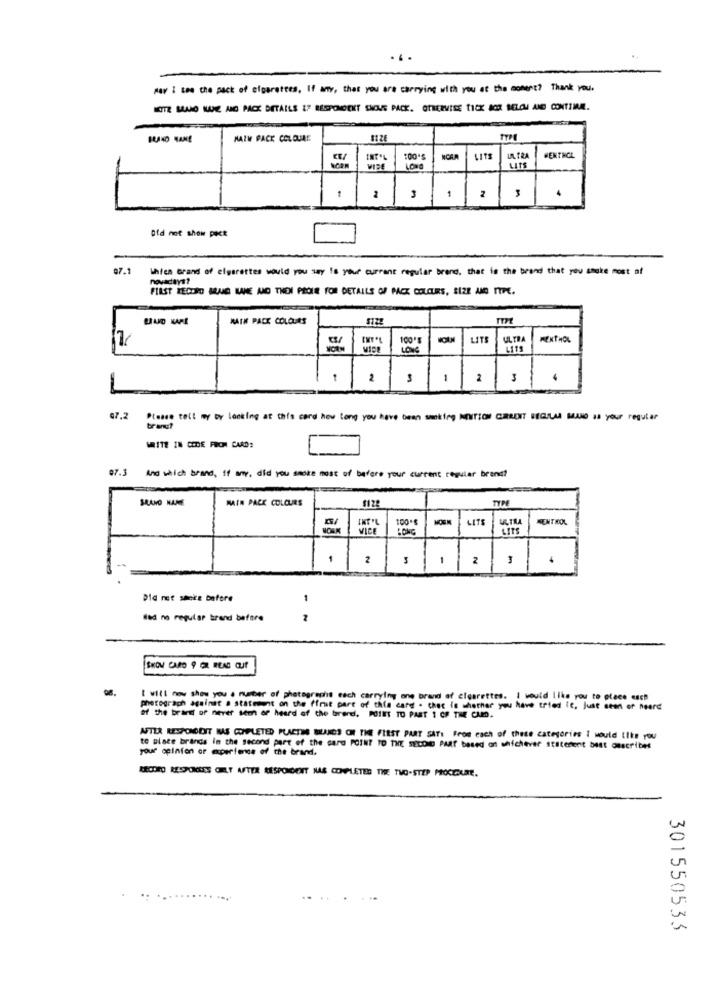
May I see the pack of cigarettes, If any, that you are carrying with you at the moment? Thank you.
NOITE SIANO NAME AND PACK DETAILS IF RESPONDEKT SNOUS PACK. OTHERWISE TICK BOX BELOW AND CONTIMAL.
NAZW PACK COLOURE
NCAR
LITE
UN. TRA
MENTHOL
WIRE
LONG
1
Ofd not show pect
07.1
which Grand of elparettes would you say is your current regular brand, that is the brand that you canke most of
FIRST RECORD BRUG WANE AND THENI PROIE FOR DETAILS OF PACK COLOURS, SIZE AND TYPE.
MATH PACK COLOURS
NOUN
LITS
ULTRA
MENTHOL
LONG
LITS
2
1
2
3
67,2
Please tell my by looking at this card how long you have been wanking MENTION CURRENT REGULA MINO Is your regular
bran?
WRITE IN CODE FROM CARD:
97.3 And which brand, if any, did you smoke most of before your current regular brand?
SRANO NAME
MAIN PACK COLOURS
1122
100*€
LITE
CENTROL
VICE
LONG
LITS
1
2
-
2
Did not shake before
1
Med no regular brand before
SKOU CARD 9 OR READ CUT
I will now show you . number of photographs each carrying one brand of cigarettes. I would like you to place euch
photograph against a statement on the ffrist part of this card . Chec is whether you have tried it, Just seen of heard
the ban of never sem of heard of the trend. POIES TO PART 1 OF THE CAMO.
AFTER RESPONDDIT BAS COMPLETED PLACTHE WUANDS OHR THE FIRST PART SAT: From each of these categories I would like you
your opinion of experience of the brand.
to place brands in the second part of the card POINT TO THE SECOND PART based on whichever statement best omscribes
RECORD RESPONSES GELY AFTER RESPONDENT NAS COMPLETED THE TWO-STEP PROCEDURE.
301550533